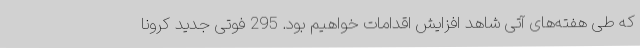
که طی هفته‌های آتی شاهد افزایش اقدامات خواهیم بود. 295 فوتی جدید کرونا